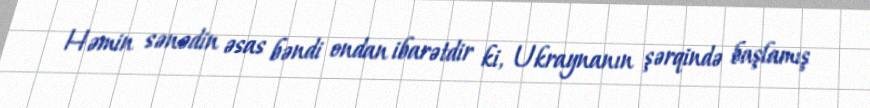
Həmin sənədin əsas bəndi ondan ibarətdir ki, Ukraynanın şərqində başlamış